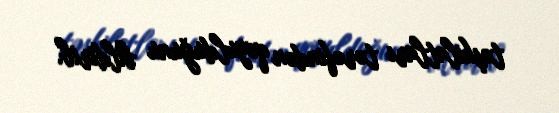
təşkilatları tərəfindən qoyulduğunu bildirib.